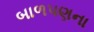
બાળપણના